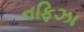
નફિઝા